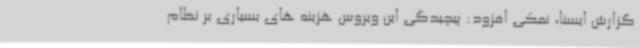
گزارش ایسنا، نمکی افزود: پیچیدگی این ویروس هزینه های بسیاری بر نظام